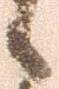
候